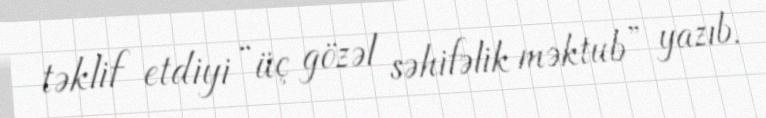
təklif etdiyi “üç gözəl səhifəlik məktub” yazıb.